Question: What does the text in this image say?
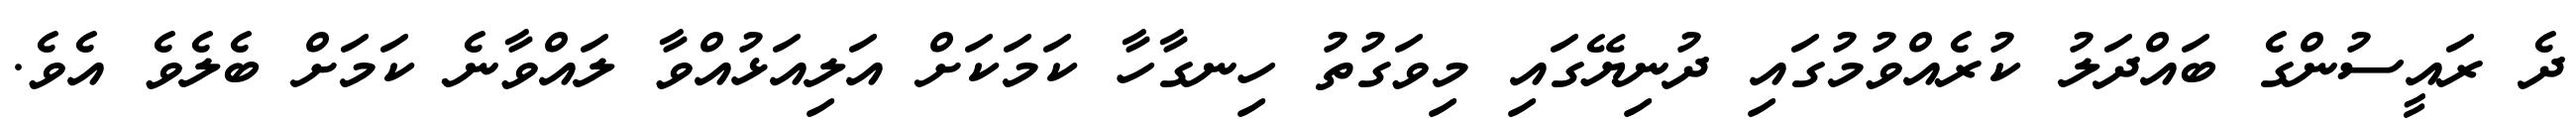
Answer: ދެ ރައީސުންގެ ބައްދަލު ކުރެއްވުމުގައި ދުނިޔޭގައި މިވަގުތު ހިނގާހާ ކަމަކަށް އަލިއަޅުއްވާ ލައްވާނެ ކަމަށް ބެލެވެ އެވެ.